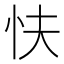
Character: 𢗲